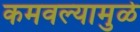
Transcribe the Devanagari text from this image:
कमवल्यामुळे